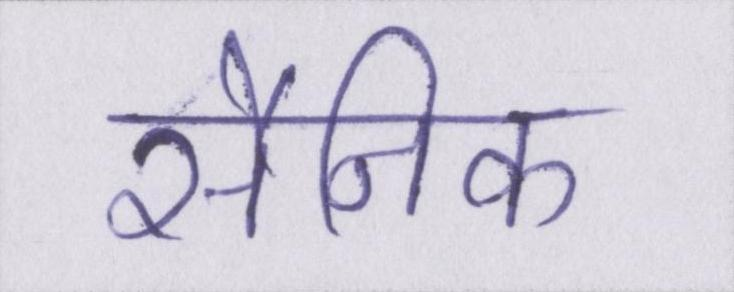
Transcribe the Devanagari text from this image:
सैनिक